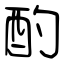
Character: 酌